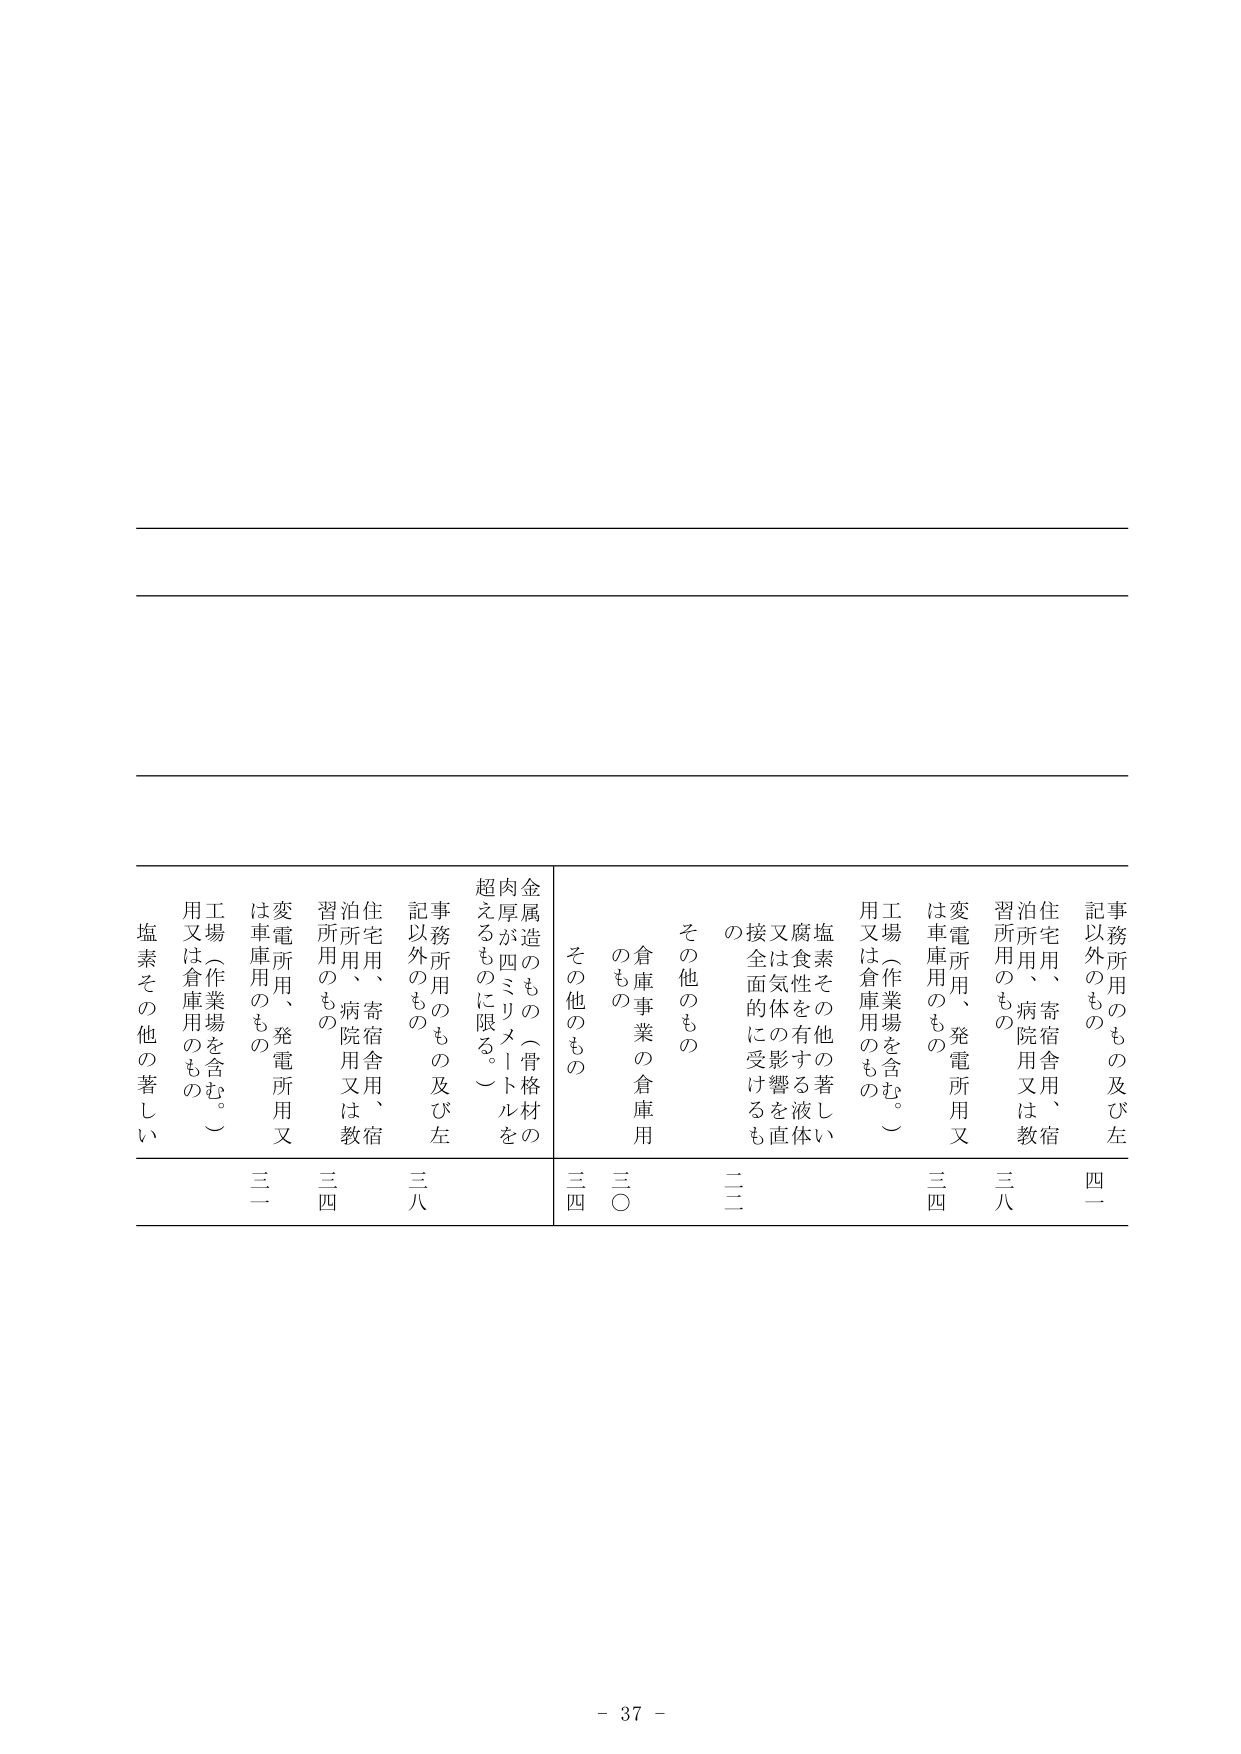
事務所用のもの及び左
記以外のもの
住宅用、寄宿舎用、教
泊所用、病院用又は教
習所用のもの
変電所用、発電所用又
は車庫用のもの
工場（作業場を含む。）
用又は倉庫用のもの
塩素その他の著しい
腐食性を有する液体
又は気体の影響を直
接全面的に受けるも
の
その他のもの
倉庫事業の倉庫用
のもの
その他のもの
金属造のもの（骨格材の
肉厚が四ミリメートルを
超えるものに限る。）
事務所用のもの及び左
記以外のもの
住宅用、寄宿舎用、教
泊所用、病院用又は教
習所用のもの
変電所用、発電所用又
は車庫用のもの
工場（作業場を含む。）
用又は倉庫用のもの
塩素その他の著しい
腐食性を有する液体
又は気体の影響を直
接全面的に受けるも
の
その他のもの
倉庫事業の倉庫用
のもの
その他のもの
金属造のもの（骨格材の
肉厚が四ミリメートルを
超えるものに限る。）
四一
三八
三四
三四
二二
三〇
三四
三八
三四
三一
- 37 -